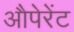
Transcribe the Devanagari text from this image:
औपेरेंट